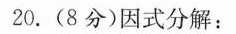
20.（8分）因式分解：